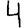
Digit: 4